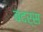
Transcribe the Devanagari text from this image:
बदर्स